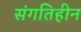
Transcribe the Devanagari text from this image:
संगतिहीन